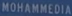
MOHAMMEDIA